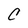
Character: C